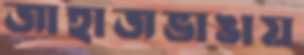
জাহাজভাঙায়